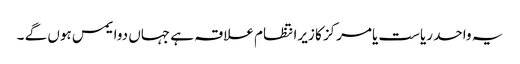
یہ واحد ریاست یامرکز کا زیرانتظام علاقہ ہے جہاں دوایمس ہوں گے ۔